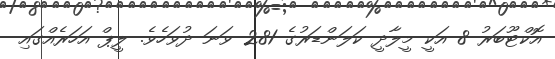
އޮކްޓޫބަރު 8 އަކީ މީލާދީ ކަލަންޑަރުގެ 281 ވަނަ ދުވަހެވެ. ލީޕް އަހަރެއްގައި